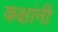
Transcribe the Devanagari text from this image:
कक्षांनी